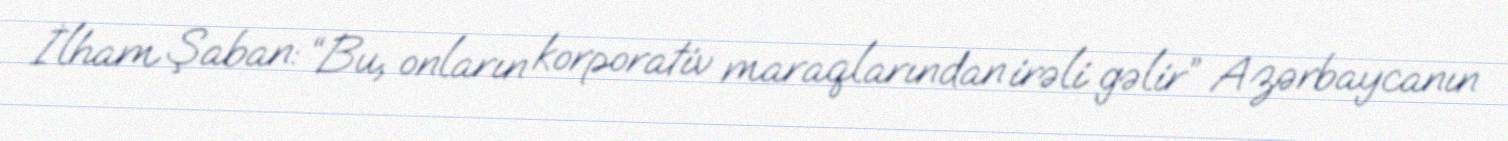
İlham Şaban: “Bu, onların korporativ maraqlarından irəli gəlir” Azərbaycanın